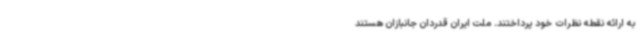
به ارائه نقطه نظرات خود پرداختند. ملت ایران قدردان جانبازان هستند